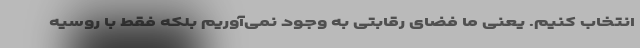
انتخاب کنیم. یعنی ما فضای رقابتی به وجود نمی‌آوریم بلکه فقط با روسیه